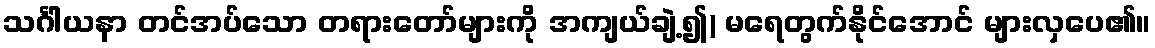
သင်္ဂါယနာ တင်အပ်သော တရားတော်များကို အကျယ်ချဲ့၍) မရေတွက်နိုင်အောင် များလှပေ၏။